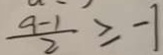
\frac { 9 - 1 } { 2 } \geqslant - 1